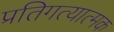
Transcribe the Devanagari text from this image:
प्रतिगत्यात्मक